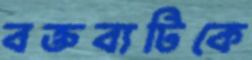
বক্তব্যটিকে